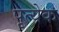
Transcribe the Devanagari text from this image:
पृत्येक